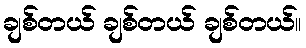
ချစ်တယ် ချစ်တယ် ချစ်တယ်။